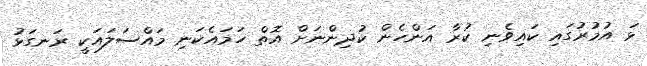
ޅަ އުމުރުގައި ކައިވެނި ކުރާ އަންހެން ކުދިންނަށް އޮތް ހަމައެކަނި މައްސަލައަކީ ރަނގަޅު